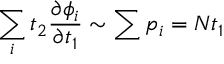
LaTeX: \sum _ { i } t _ { 2 } { \frac { \partial { \phi _ { i } } } { \partial t _ { 1 } } } \sim \sum { p _ { i } } = N t _ { 1 }